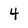
Character: 4